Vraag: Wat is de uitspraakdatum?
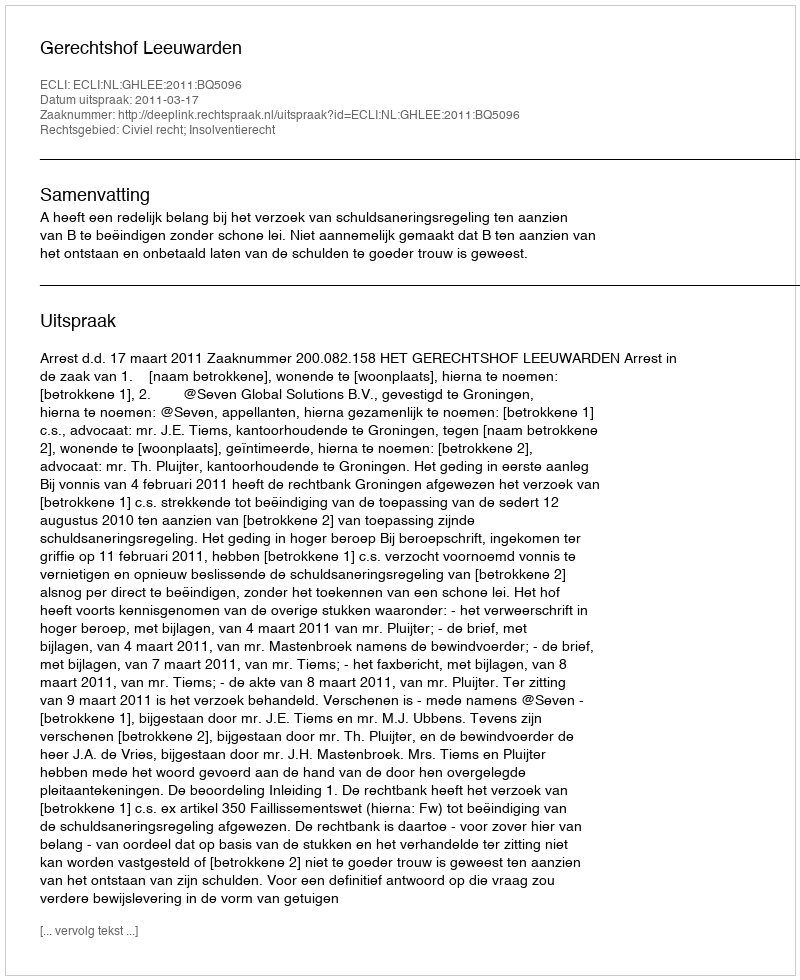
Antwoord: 2011-03-17